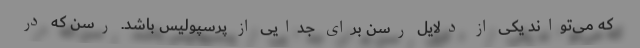
که می‌تواند یکی از دلایل رسن برای جدایی از پرسپولیس باشد. رسن که در